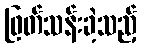
ဖြတ်သန်းခဲ့သည့်